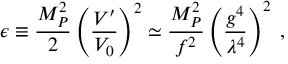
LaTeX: \epsilon \equiv \frac { M _ { P } ^ { 2 } } { 2 } \left( \frac { V ^ { \prime } } { V _ { 0 } } \right) ^ { 2 } \simeq \frac { M _ { P } ^ { 2 } } { f ^ { 2 } } \left( \frac { g ^ { 4 } } { \lambda ^ { 4 } } \right) ^ { 2 } \; ,